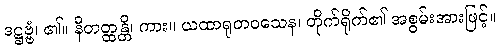
ဒဋ္ဌဗ္ဗံ၊ ၏။ နီတတ္ထန္တိ၊ ကား။ ယထာရုတဝသေန၊ တိုက်ရိုက်၏ အစွမ်းအားဖြင့်။